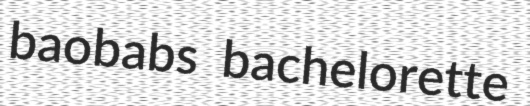
baobabs bachelorette